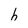
Character: h